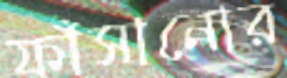
ফাঁসানোর